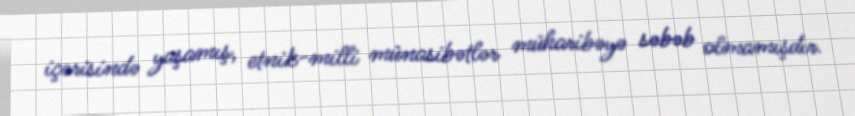
içərisində yaşamış, etnik-milli münasibətlər müharibəyə səbəb olmamışdır.